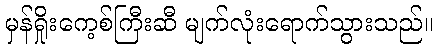
မှန်ရှိုးကေ့စ်ကြီးဆီ မျက်လုံးရောက်သွားသည်။